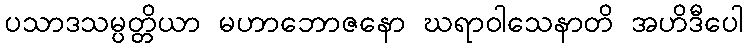
ပသာဒသမ္ပတ္တိယာ မဟာဘောဇနော ဃရာဝါသေနာတိ အဟိဒီပေါ